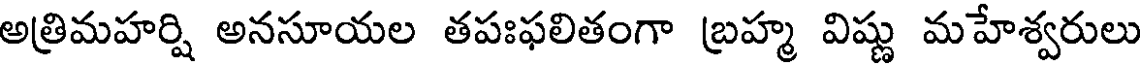
అత్రిమహర్షి అనసూయల తపఃఫలితంగా బ్రహ్మ విష్ణు మహేశ్వరులు